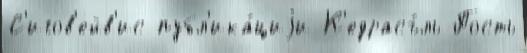
С'игов'ейв'ис публ'ика́циjи К'едрасъ́ль Пость